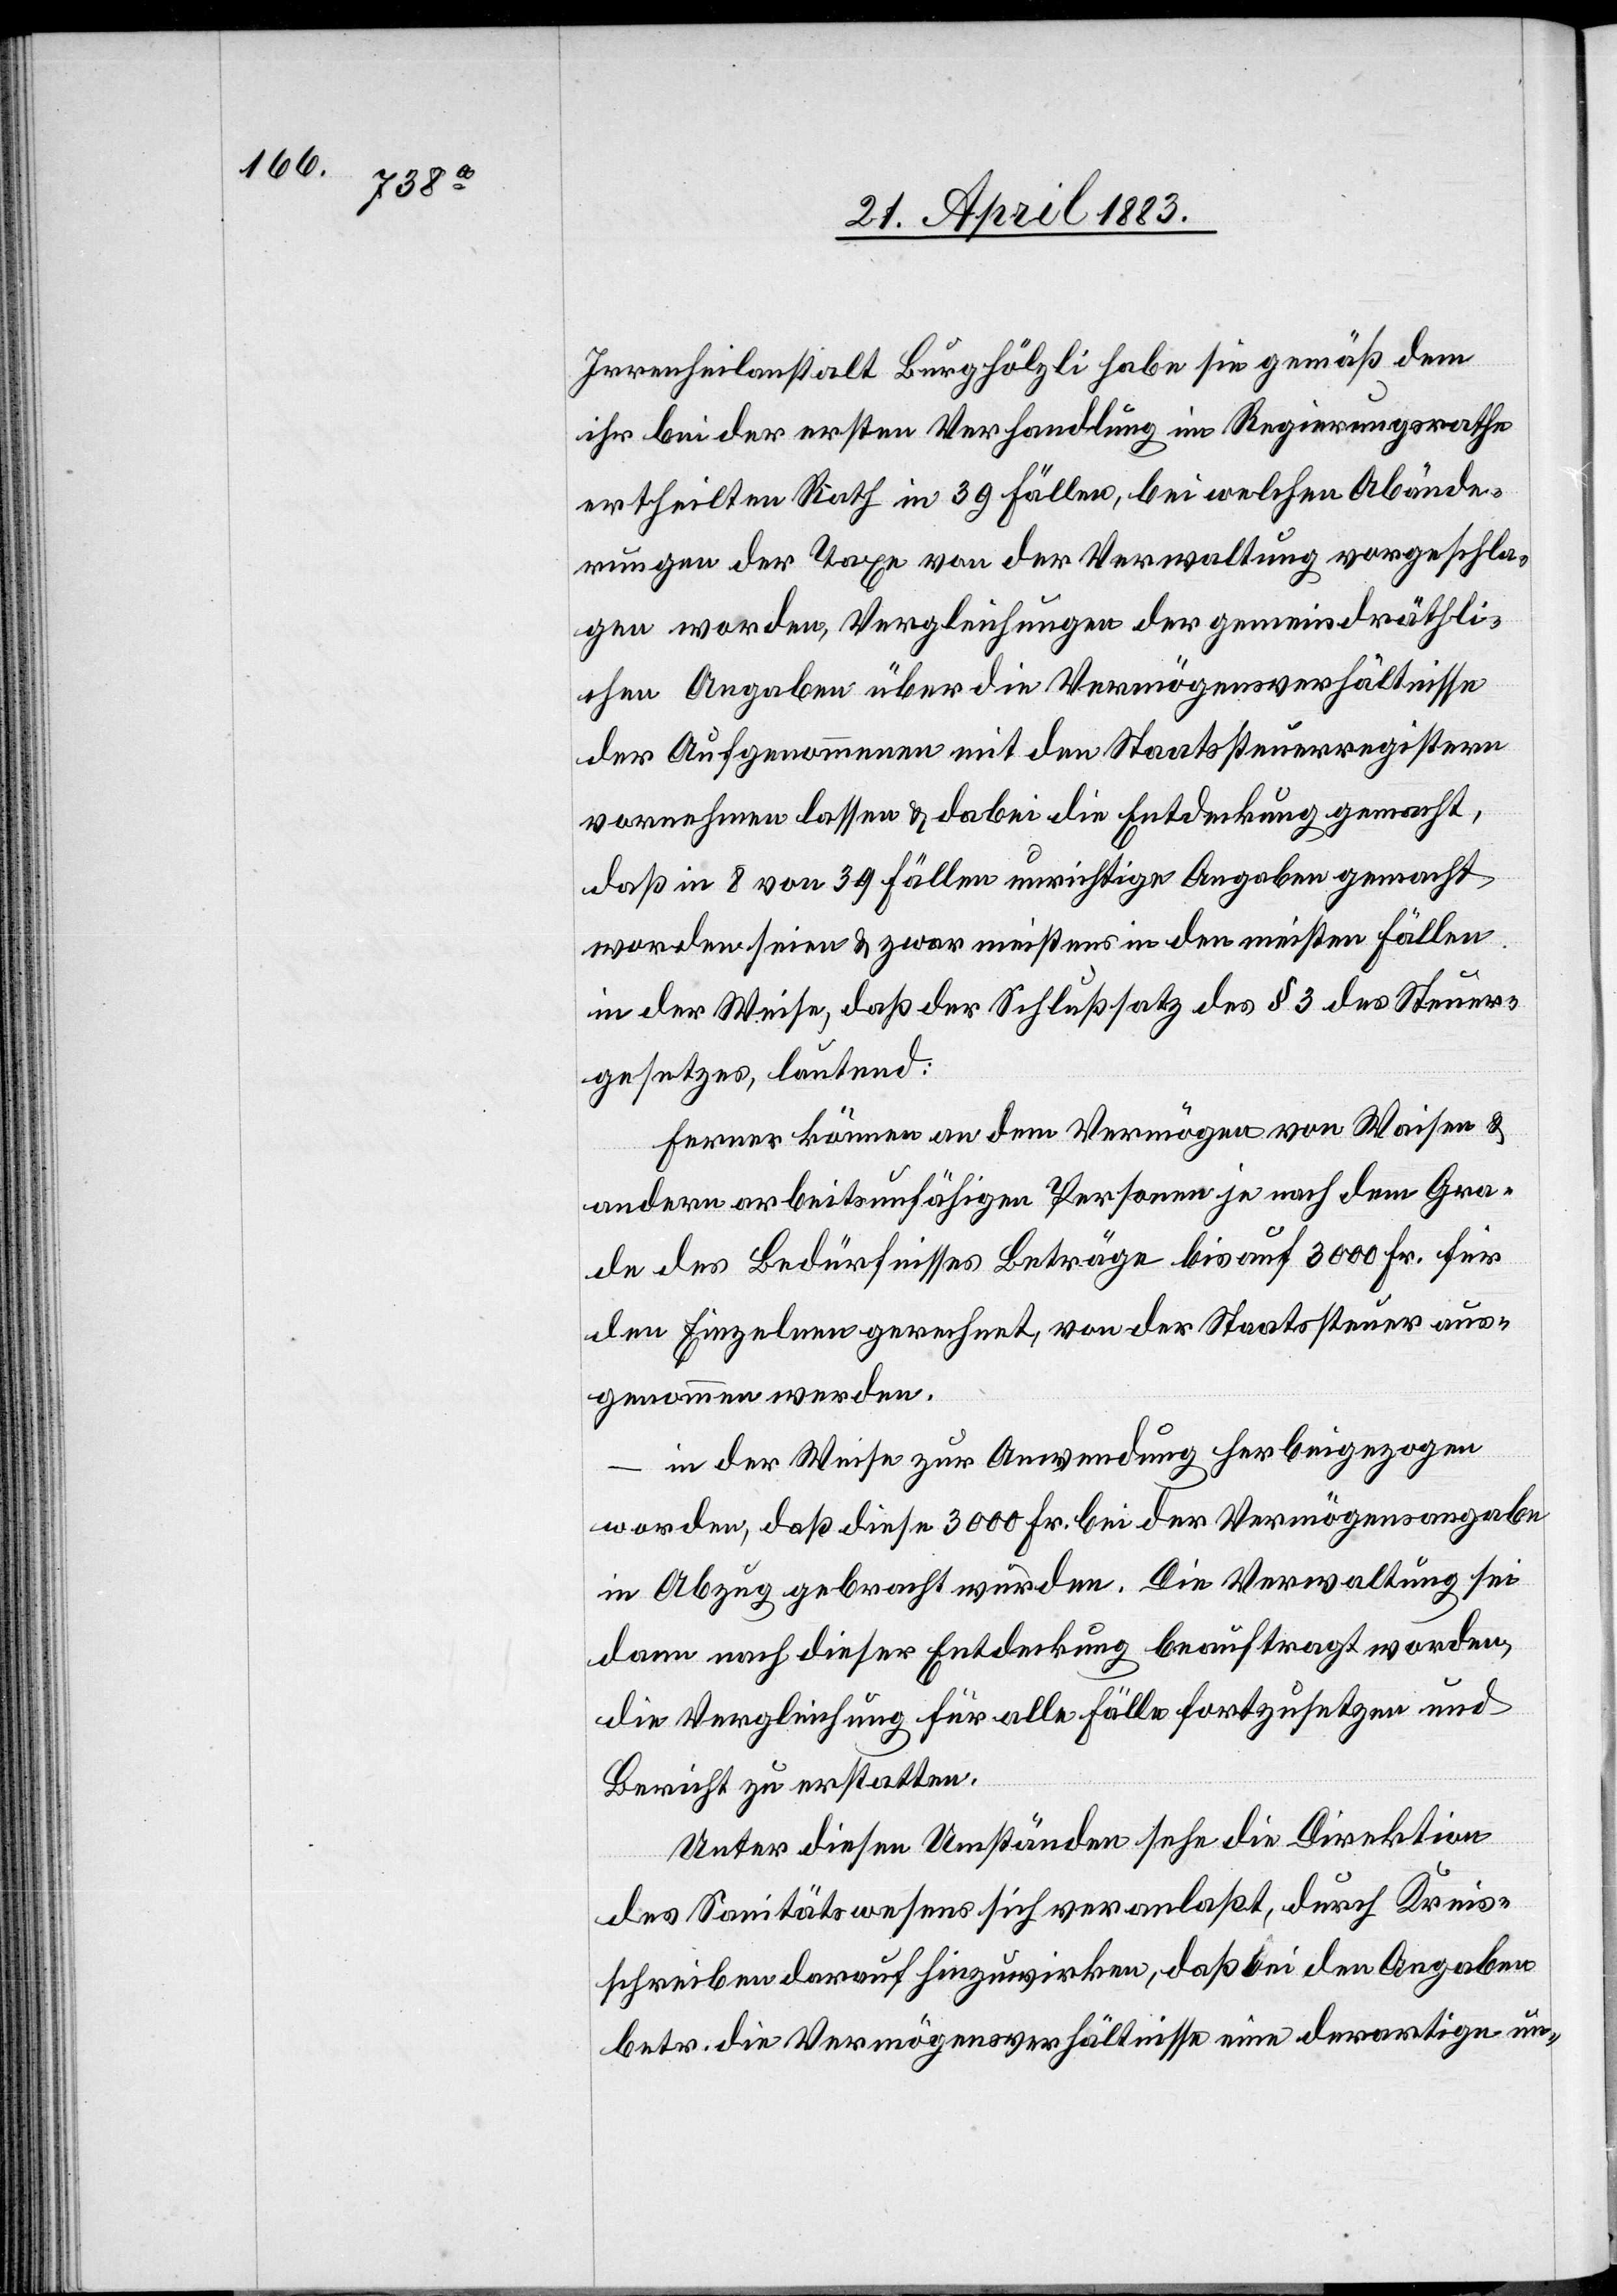
Irrenheilanstalt Burghölzli habe sie gemäß dem
ihr bei der ersten Verhandlung im Regierungsrathe
ertheilten Rath in 39 Fällen, bei welchen Abände¬
rungen der Taxe von der Verwaltung vorgeschla¬
gen worden, Vergleichungen der gemeindräthli¬
chen Angaben über die Vermögensverhältnisse
der Aufgenommenen mit den Staatssteuerregistern
vornehmen lassen & dabei die Entdeckung gemacht,
daß in 8 von 39 Fällen unrichtige Angaben gemacht
worden seien & zwar meistens in den meisten Fällen
in der Weise, daß der Schlußsatz des § 3 des Steuer¬
gesetzes, lautend:
Ferner können an dem Vermögen von Waisen &
andern arbeitsunfähigen Personen je nach dem Gra¬
de des Bedürfnisses Beträge bis auf 3000 Fr. für
den Einzelnen gerechnet, von der Staatssteuer aus¬
genommen worden.
in der Weise zur Anwendung herbeigezogen
worden, daß diese 3000 Fr. bei der Vermögensangabe
in Abzug gebracht wurden. Die Verwaltung sei
dann nach dieser Entdeckung beauftragt worden,
die Vergleichung für alle Fälle fortzusetzen und
Bericht zu erstatten.
Unter diesen Umständen sehe die Direktion
des Sanitätswesens sich veranlaßt, durch Kreis¬
schreiben darauf hinzuwirken, daß bei den Angaben
betr. die Vermögensverhältnisse eine derartige un-